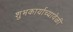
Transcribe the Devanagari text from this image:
शुभकार्याच्यावेळी